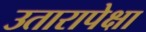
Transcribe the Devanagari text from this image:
उतारापेक्षा